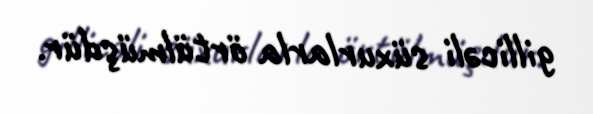
gillicəli süxurlarla örtülmüşdür.